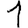
Digit: 1